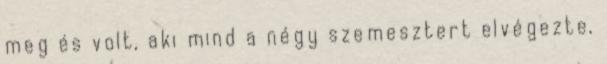
meg és volt, aki mind a négy szemesztert elvégezte,